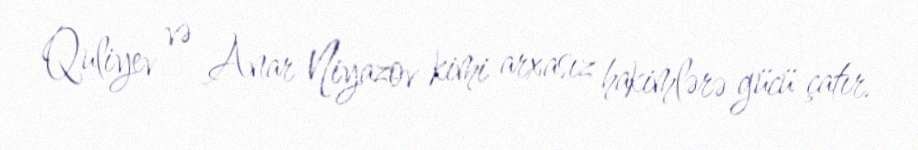
Quliyev və Anar Niyazov kimi arxasız hakimlərə gücü çatır.